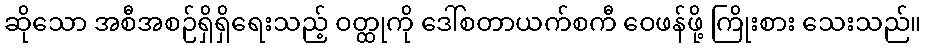
ဆိုသော အစီအစဉ်ရှိရှိရေးသည့် ဝတ္ထုကို ဒေါ်စတာယက်စကီ ဝေဖန်ဖို့ ကြိုးစား သေးသည်။